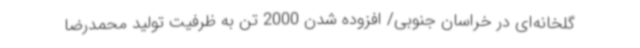
گلخانه‌ای در خراسان جنوبی/ افزوده شدن 2000 تن به ظرفیت تولید محمدرضا